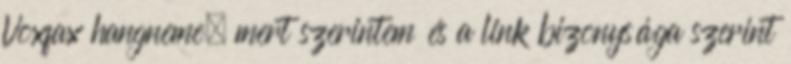
Voxfax hangneme, mert szerintem és a link bizonysága szerint